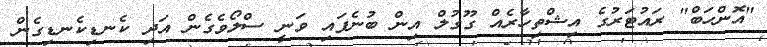
"އޮންހަބް" ރައުޓަރުގެ އިޝްތިހާރެއް ގޫގުލް އިން ބުނެފައި ވަނީ ސްލޯވެގެން އަދި ކެނޑިކެނޑިގެން